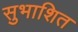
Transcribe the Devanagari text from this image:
सुभाशित